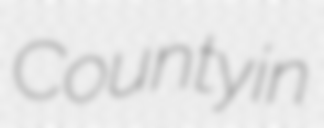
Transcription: County in